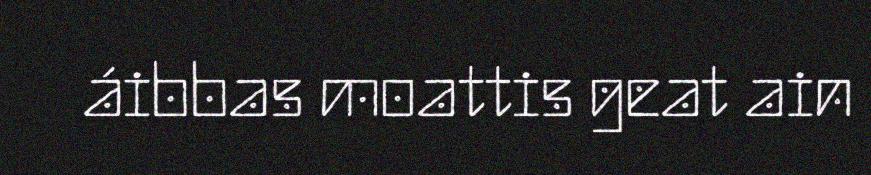
áibbas moattis geat ain